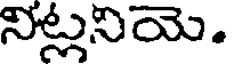
నిట్లనియె.